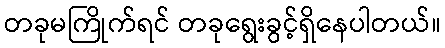
တခုမကြိုက်ရင် တခုရွေးခွင့်ရှိနေပါတယ်။